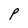
Character: P